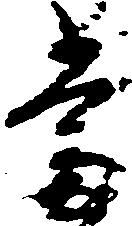
当